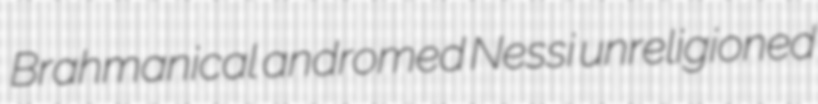
Brahmanical andromed Nessi unreligioned